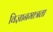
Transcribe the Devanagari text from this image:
विज्ञानमात्रता